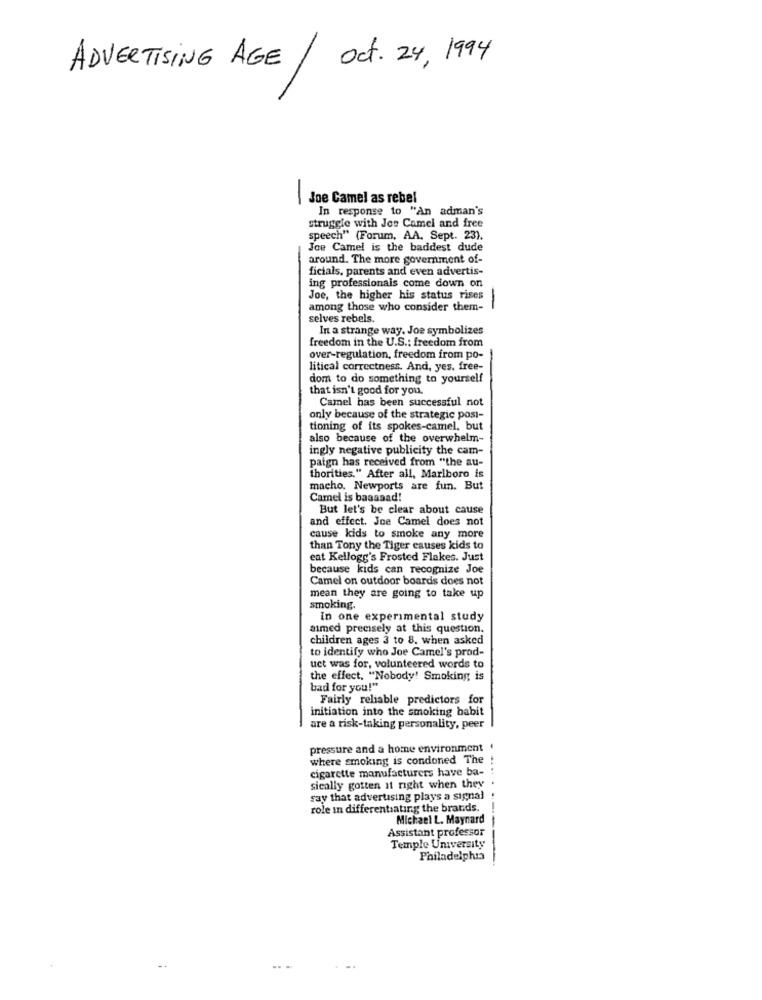
ADVERTISING AGE / Oct. 24, 1994
Joe Camel as rebel
-
In response to "An adman's
struggle with Jes Camel and free
speech" (Forum, AA. Sept. 23).
Joe Camel is the baddest dude
around. The more government of-
ficials, parents and even advertis-
ing professionais come down on
Joe, the higher his status rises
among those who consider them-
selves rebels.
In a strange way. Joe symbolizes
freedom in the U.S .: freedom from
over-regulation, freedom from po-
litical correctness. And, yes. free-
dom to do something to yourself
that isn't good for you.
Camel has been successful not
only because of the strategic posi-
tioning of its spokes-camel, but
also because of the overwhelm-
ingly negative publicity the cam-
paign has received from "the au-
thorities." After all, Marlboro is
macho. Newports are fun. But
Camel is baassad!
But let's be clear about cause
and effect. Joe Camel does not
cause kids to smoke any more
than Tony the Tiger causes kids to
eat Kellogg's Frosted Flakes. Just
because kids can recognize Joe
Camel on outdoor boards does not
mean they are going to take up
smoking.
In one experimental study
aimed precisely at this question.
children ages 3 to 8. when asked
to identify who Joe Camel's prod-
uct was for, volunteered words to
the effect, "Nobody! Smoking is
bad for you!"
Fairly reliable predictors for
initiation into the smoking babit
are a risk-taking personality, peer
pressure and a home environment
where smoking is condoned The
cigarette manufacturers have ba-
sically gotten it right when they
say that advertising plays a signal
role in differentiating the brands.
Michael L. Maynard
Assistant professor
---
Temple University
Philadelphia
...